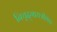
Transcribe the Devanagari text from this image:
निचृद्‌गायत्रीछंदः